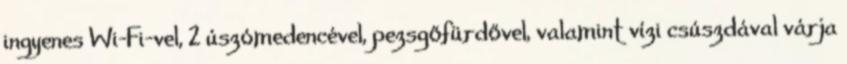
ingyenes Wi-Fi-vel, 2 úszómedencével, pezsgőfürdővel, valamint vízi csúszdával várja